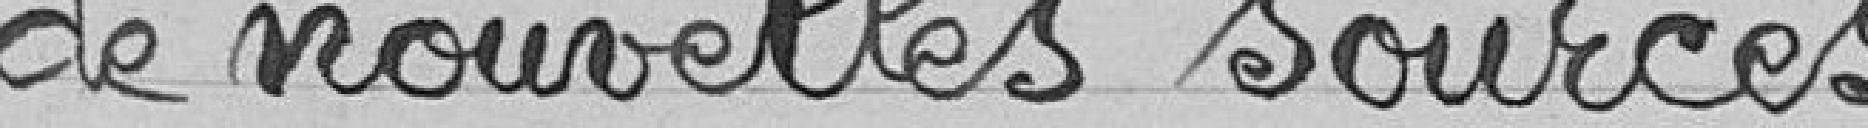
de nouvelles sources